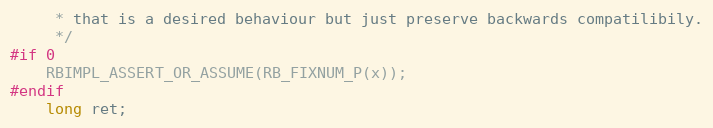
Language: C
     * that is a desired behaviour but just preserve backwards compatilibily.
     */
#if 0
    RBIMPL_ASSERT_OR_ASSUME(RB_FIXNUM_P(x));
#endif
    long ret;